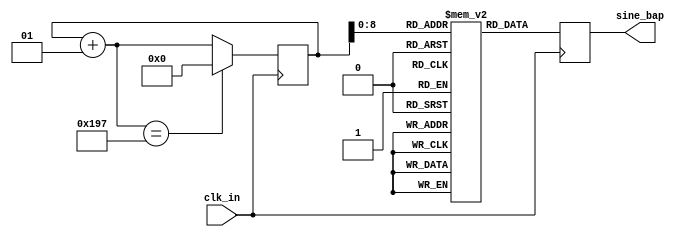
`timescale 1ns / 1ps
//////////////////////////////////////////////////////////////////////////////////
// Company: 
// Engineer: 
// 
// Design Name: 
// Module Name: LUT_tap
// Project Name: 
// Target Devices: 
// Tool Versions: 
// Description: 
// 
// Dependencies: 
// 
// Revision:
// Revision 0.01 - File Created
// Additional Comments:
// 
//////////////////////////////////////////////////////////////////////////////////


module LUT_bap(
    input clk_in ,
    output reg [11:0] sine_bap
    );
parameter SIZE = 407;    // USER INPUT
reg [11:0] bap_value [SIZE-1:0];
integer i;

initial begin 
bap_value[0]=410;
bap_value[1]=410;
bap_value[2]=410;
bap_value[3]=410;
bap_value[4]=410;
bap_value[5]=411;
bap_value[6]=411;
bap_value[7]=412;
bap_value[8]=412;
bap_value[9]=413;
bap_value[10]=414;
bap_value[11]=415;
bap_value[12]=416;
bap_value[13]=417;
bap_value[14]=419;
bap_value[15]=420;
bap_value[16]=422;
bap_value[17]=423;
bap_value[18]=425;
bap_value[19]=427;
bap_value[20]=429;
bap_value[21]=431;
bap_value[22]=433;
bap_value[23]=435;
bap_value[24]=437;
bap_value[25]=439;
bap_value[26]=442;
bap_value[27]=444;
bap_value[28]=447;
bap_value[29]=450;
bap_value[30]=453;
bap_value[31]=455;
bap_value[32]=458;
bap_value[33]=462;
bap_value[34]=465;
bap_value[35]=468;
bap_value[36]=471;
bap_value[37]=475;
bap_value[38]=478;
bap_value[39]=482;
bap_value[40]=486;
bap_value[41]=489;
bap_value[42]=493;
bap_value[43]=497;
bap_value[44]=501;
bap_value[45]=505;
bap_value[46]=509;
bap_value[47]=514;
bap_value[48]=518;
bap_value[49]=522;
bap_value[50]=527;
bap_value[51]=531;
bap_value[52]=536;
bap_value[53]=540;
bap_value[54]=545;
bap_value[55]=550;
bap_value[56]=555;
bap_value[57]=560;
bap_value[58]=565;
bap_value[59]=570;
bap_value[60]=575;
bap_value[61]=580;
bap_value[62]=585;
bap_value[63]=590;
bap_value[64]=595;
bap_value[65]=601;
bap_value[66]=606;
bap_value[67]=612;
bap_value[68]=617;
bap_value[69]=623;
bap_value[70]=628;
bap_value[71]=634;
bap_value[72]=639;
bap_value[73]=645;
bap_value[74]=651;
bap_value[75]=657;
bap_value[76]=662;
bap_value[77]=668;
bap_value[78]=674;
bap_value[79]=680;
bap_value[80]=686;
bap_value[81]=692;
bap_value[82]=698;
bap_value[83]=704;
bap_value[84]=710;
bap_value[85]=716;
bap_value[86]=722;
bap_value[87]=728;
bap_value[88]=734;
bap_value[89]=740;
bap_value[90]=746;
bap_value[91]=753;
bap_value[92]=759;
bap_value[93]=765;
bap_value[94]=771;
bap_value[95]=777;
bap_value[96]=783;
bap_value[97]=790;
bap_value[98]=796;
bap_value[99]=802;
bap_value[100]=808;
bap_value[101]=815;
bap_value[102]=821;
bap_value[103]=827;
bap_value[104]=833;
bap_value[105]=839;
bap_value[106]=846;
bap_value[107]=852;
bap_value[108]=858;
bap_value[109]=864;
bap_value[110]=870;
bap_value[111]=877;
bap_value[112]=883;
bap_value[113]=889;
bap_value[114]=895;
bap_value[115]=901;
bap_value[116]=907;
bap_value[117]=913;
bap_value[118]=920;
bap_value[119]=926;
bap_value[120]=932;
bap_value[121]=938;
bap_value[122]=944;
bap_value[123]=950;
bap_value[124]=955;
bap_value[125]=961;
bap_value[126]=967;
bap_value[127]=973;
bap_value[128]=979;
bap_value[129]=985;
bap_value[130]=990;
bap_value[131]=996;
bap_value[132]=1002;
bap_value[133]=1007;
bap_value[134]=1013;
bap_value[135]=1019;
bap_value[136]=1024;
bap_value[137]=1030;
bap_value[138]=1035;
bap_value[139]=1040;
bap_value[140]=1046;
bap_value[141]=1051;
bap_value[142]=1056;
bap_value[143]=1061;
bap_value[144]=1066;
bap_value[145]=1071;
bap_value[146]=1076;
bap_value[147]=1081;
bap_value[148]=1086;
bap_value[149]=1091;
bap_value[150]=1096;
bap_value[151]=1100;
bap_value[152]=1105;
bap_value[153]=1110;
bap_value[154]=1114;
bap_value[155]=1118;
bap_value[156]=1123;
bap_value[157]=1127;
bap_value[158]=1131;
bap_value[159]=1135;
bap_value[160]=1139;
bap_value[161]=1143;
bap_value[162]=1147;
bap_value[163]=1151;
bap_value[164]=1155;
bap_value[165]=1158;
bap_value[166]=1162;
bap_value[167]=1165;
bap_value[168]=1169;
bap_value[169]=1172;
bap_value[170]=1175;
bap_value[171]=1178;
bap_value[172]=1181;
bap_value[173]=1184;
bap_value[174]=1187;
bap_value[175]=1190;
bap_value[176]=1193;
bap_value[177]=1195;
bap_value[178]=1198;
bap_value[179]=1200;
bap_value[180]=1202;
bap_value[181]=1205;
bap_value[182]=1207;
bap_value[183]=1209;
bap_value[184]=1211;
bap_value[185]=1213;
bap_value[186]=1214;
bap_value[187]=1216;
bap_value[188]=1217;
bap_value[189]=1219;
bap_value[190]=1220;
bap_value[191]=1222;
bap_value[192]=1223;
bap_value[193]=1224;
bap_value[194]=1225;
bap_value[195]=1226;
bap_value[196]=1226;
bap_value[197]=1227;
bap_value[198]=1227;
bap_value[199]=1228;
bap_value[200]=1228;
bap_value[201]=1229;
bap_value[202]=1229;
bap_value[203]=1229;
bap_value[204]=1229;
bap_value[205]=1229;
bap_value[206]=1228;
bap_value[207]=1228;
bap_value[208]=1228;
bap_value[209]=1227;
bap_value[210]=1227;
bap_value[211]=1226;
bap_value[212]=1225;
bap_value[213]=1224;
bap_value[214]=1223;
bap_value[215]=1222;
bap_value[216]=1221;
bap_value[217]=1220;
bap_value[218]=1218;
bap_value[219]=1217;
bap_value[220]=1215;
bap_value[221]=1214;
bap_value[222]=1212;
bap_value[223]=1210;
bap_value[224]=1208;
bap_value[225]=1206;
bap_value[226]=1204;
bap_value[227]=1202;
bap_value[228]=1200;
bap_value[229]=1197;
bap_value[230]=1195;
bap_value[231]=1192;
bap_value[232]=1190;
bap_value[233]=1187;
bap_value[234]=1184;
bap_value[235]=1181;
bap_value[236]=1178;
bap_value[237]=1175;
bap_value[238]=1172;
bap_value[239]=1169;
bap_value[240]=1166;
bap_value[241]=1162;
bap_value[242]=1159;
bap_value[243]=1155;
bap_value[244]=1152;
bap_value[245]=1148;
bap_value[246]=1144;
bap_value[247]=1140;
bap_value[248]=1136;
bap_value[249]=1133;
bap_value[250]=1128;
bap_value[251]=1124;
bap_value[252]=1120;
bap_value[253]=1116;
bap_value[254]=1112;
bap_value[255]=1107;
bap_value[256]=1103;
bap_value[257]=1098;
bap_value[258]=1093;
bap_value[259]=1089;
bap_value[260]=1084;
bap_value[261]=1079;
bap_value[262]=1074;
bap_value[263]=1069;
bap_value[264]=1064;
bap_value[265]=1059;
bap_value[266]=1054;
bap_value[267]=1049;
bap_value[268]=1044;
bap_value[269]=1038;
bap_value[270]=1033;
bap_value[271]=1028;
bap_value[272]=1022;
bap_value[273]=1017;
bap_value[274]=1011;
bap_value[275]=1005;
bap_value[276]=1000;
bap_value[277]=994;
bap_value[278]=988;
bap_value[279]=982;
bap_value[280]=977;
bap_value[281]=971;
bap_value[282]=965;
bap_value[283]=959;
bap_value[284]=953;
bap_value[285]=947;
bap_value[286]=941;
bap_value[287]=935;
bap_value[288]=928;
bap_value[289]=922;
bap_value[290]=916;
bap_value[291]=910;
bap_value[292]=904;
bap_value[293]=897;
bap_value[294]=891;
bap_value[295]=885;
bap_value[296]=878;
bap_value[297]=872;
bap_value[298]=866;
bap_value[299]=859;
bap_value[300]=853;
bap_value[301]=846;
bap_value[302]=840;
bap_value[303]=834;
bap_value[304]=827;
bap_value[305]=821;
bap_value[306]=814;
bap_value[307]=808;
bap_value[308]=802;
bap_value[309]=795;
bap_value[310]=789;
bap_value[311]=782;
bap_value[312]=776;
bap_value[313]=770;
bap_value[314]=763;
bap_value[315]=757;
bap_value[316]=751;
bap_value[317]=744;
bap_value[318]=738;
bap_value[319]=732;
bap_value[320]=725;
bap_value[321]=719;
bap_value[322]=713;
bap_value[323]=707;
bap_value[324]=701;
bap_value[325]=695;
bap_value[326]=689;
bap_value[327]=683;
bap_value[328]=677;
bap_value[329]=671;
bap_value[330]=665;
bap_value[331]=659;
bap_value[332]=653;
bap_value[333]=647;
bap_value[334]=642;
bap_value[335]=636;
bap_value[336]=630;
bap_value[337]=625;
bap_value[338]=619;
bap_value[339]=614;
bap_value[340]=608;
bap_value[341]=603;
bap_value[342]=597;
bap_value[343]=592;
bap_value[344]=587;
bap_value[345]=582;
bap_value[346]=577;
bap_value[347]=572;
bap_value[348]=567;
bap_value[349]=562;
bap_value[350]=557;
bap_value[351]=552;
bap_value[352]=547;
bap_value[353]=543;
bap_value[354]=538;
bap_value[355]=534;
bap_value[356]=529;
bap_value[357]=525;
bap_value[358]=520;
bap_value[359]=516;
bap_value[360]=512;
bap_value[361]=508;
bap_value[362]=504;
bap_value[363]=500;
bap_value[364]=496;
bap_value[365]=492;
bap_value[366]=489;
bap_value[367]=485;
bap_value[368]=481;
bap_value[369]=478;
bap_value[370]=474;
bap_value[371]=471;
bap_value[372]=468;
bap_value[373]=465;
bap_value[374]=462;
bap_value[375]=459;
bap_value[376]=456;
bap_value[377]=453;
bap_value[378]=450;
bap_value[379]=448;
bap_value[380]=445;
bap_value[381]=442;
bap_value[382]=440;
bap_value[383]=438;
bap_value[384]=435;
bap_value[385]=433;
bap_value[386]=431;
bap_value[387]=429;
bap_value[388]=427;
bap_value[389]=426;
bap_value[390]=424;
bap_value[391]=422;
bap_value[392]=421;
bap_value[393]=419;
bap_value[394]=418;
bap_value[395]=417;
bap_value[396]=416;
bap_value[397]=415;
bap_value[398]=414;
bap_value[399]=413;
bap_value[400]=412;
bap_value[401]=412;
bap_value[402]=411;
bap_value[403]=411;
bap_value[404]=410;
bap_value[405]=410;
bap_value[406]=410;
end 
 
 

 
//At every positive edge of the clock, output a sine wave sample.
always@(posedge clk_in)
begin
    sine_bap = bap_value[i];
    i = i+ 1;
    if(i == SIZE)
        i = 0;
end
endmodule